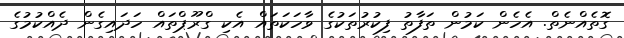
ގޮތެއްނެތް. އެހެން ކަމުން ތަފާތު ފިކުރުތަކުގެ ވާހަކަތައް އެކި ގްރޫޕްތައް ހަދައިގެން ދެއްކުމުގެ